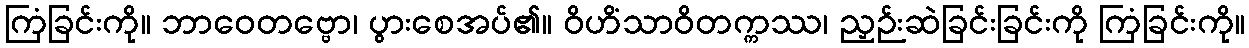
ကြံခြင်းကို။ ဘာဝေတဗ္ဗော၊ ပွားစေအပ်၏။ ဝိဟိံသာဝိတက္ကဿ၊ ညှဉ်းဆဲခြင်းခြင်းကို ကြံခြင်းကို။